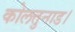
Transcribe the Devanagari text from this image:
कोलत्तुनाड।